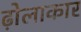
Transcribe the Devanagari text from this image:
ढ़ोलाकार